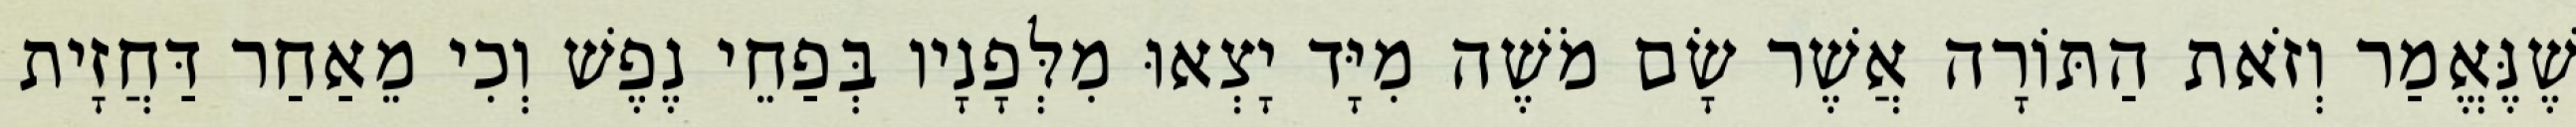
שֶׁנֶּאֱמַר וְזֹאת הַתּוֹרָה אֲשֶׁר שָׂם מֹשֶׁה מִיָּד יָצְאוּ מִלְּפָנָיו בְּפַחֵי נֶפֶשׁ וְכִי מֵאַחַר דַּחֲזָית